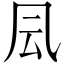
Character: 凨